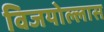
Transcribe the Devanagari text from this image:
विजयोल्लास